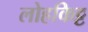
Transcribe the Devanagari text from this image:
लोहकिट्ट